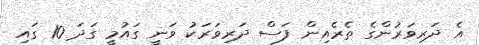
އެ ދަރިވަރުންގެ ތެރެއިން ފަސް ދަރިވަރަކު ވަނީ ގައުމީ ގަދަ 10 ގައި